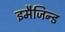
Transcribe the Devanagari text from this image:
इमैजिन्ड